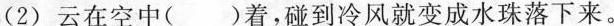
(2)云在空中( )着，碰到冷风就变成水珠落下来。